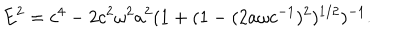
LaTeX: E ^ { 2 } = c ^ { 4 } - 2 c ^ { 2 } \omega ^ { 2 } a ^ { 2 } ( 1 + ( 1 - ( 2 a \omega c ^ { - 1 } ) ^ { 2 } ) ^ { 1 / 2 } ) ^ { - 1 } .